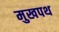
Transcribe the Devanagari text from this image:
मुखपथ